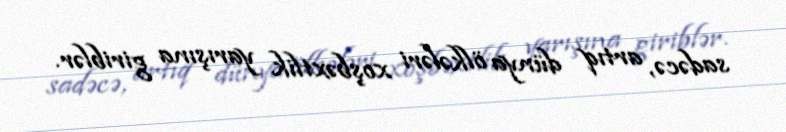
sadəcə, artıq dünya ölkələri xoşbəxtlik yarışına giriblər.